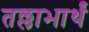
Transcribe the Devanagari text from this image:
तल्लाभार्थं